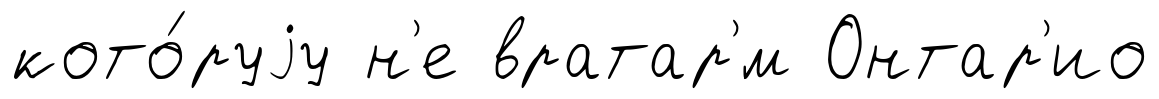
кото́руjу н'е вратар'́м Онтар'ио